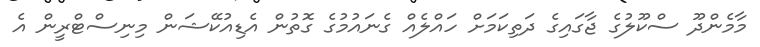
މާމެންދޫ ސްކޫލުގެ ޖާގައިގެ ދަތިކަމަށް ހައްލެއް ގެނައުމުގެ ގޮތުން އެޑިއުކޭޝަން މިނިސްޓްރީން އެ